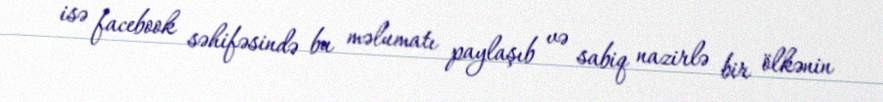
isə facebook səhifəsində bu məlumatı paylaşıb və sabiq nazirlə bir ölkənin